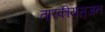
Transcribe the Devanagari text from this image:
तारकीयसृजन